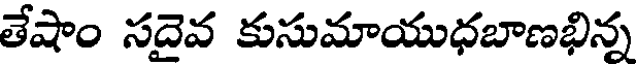
తేషాం సదైవ కుసుమాయుధబాణభిన్న